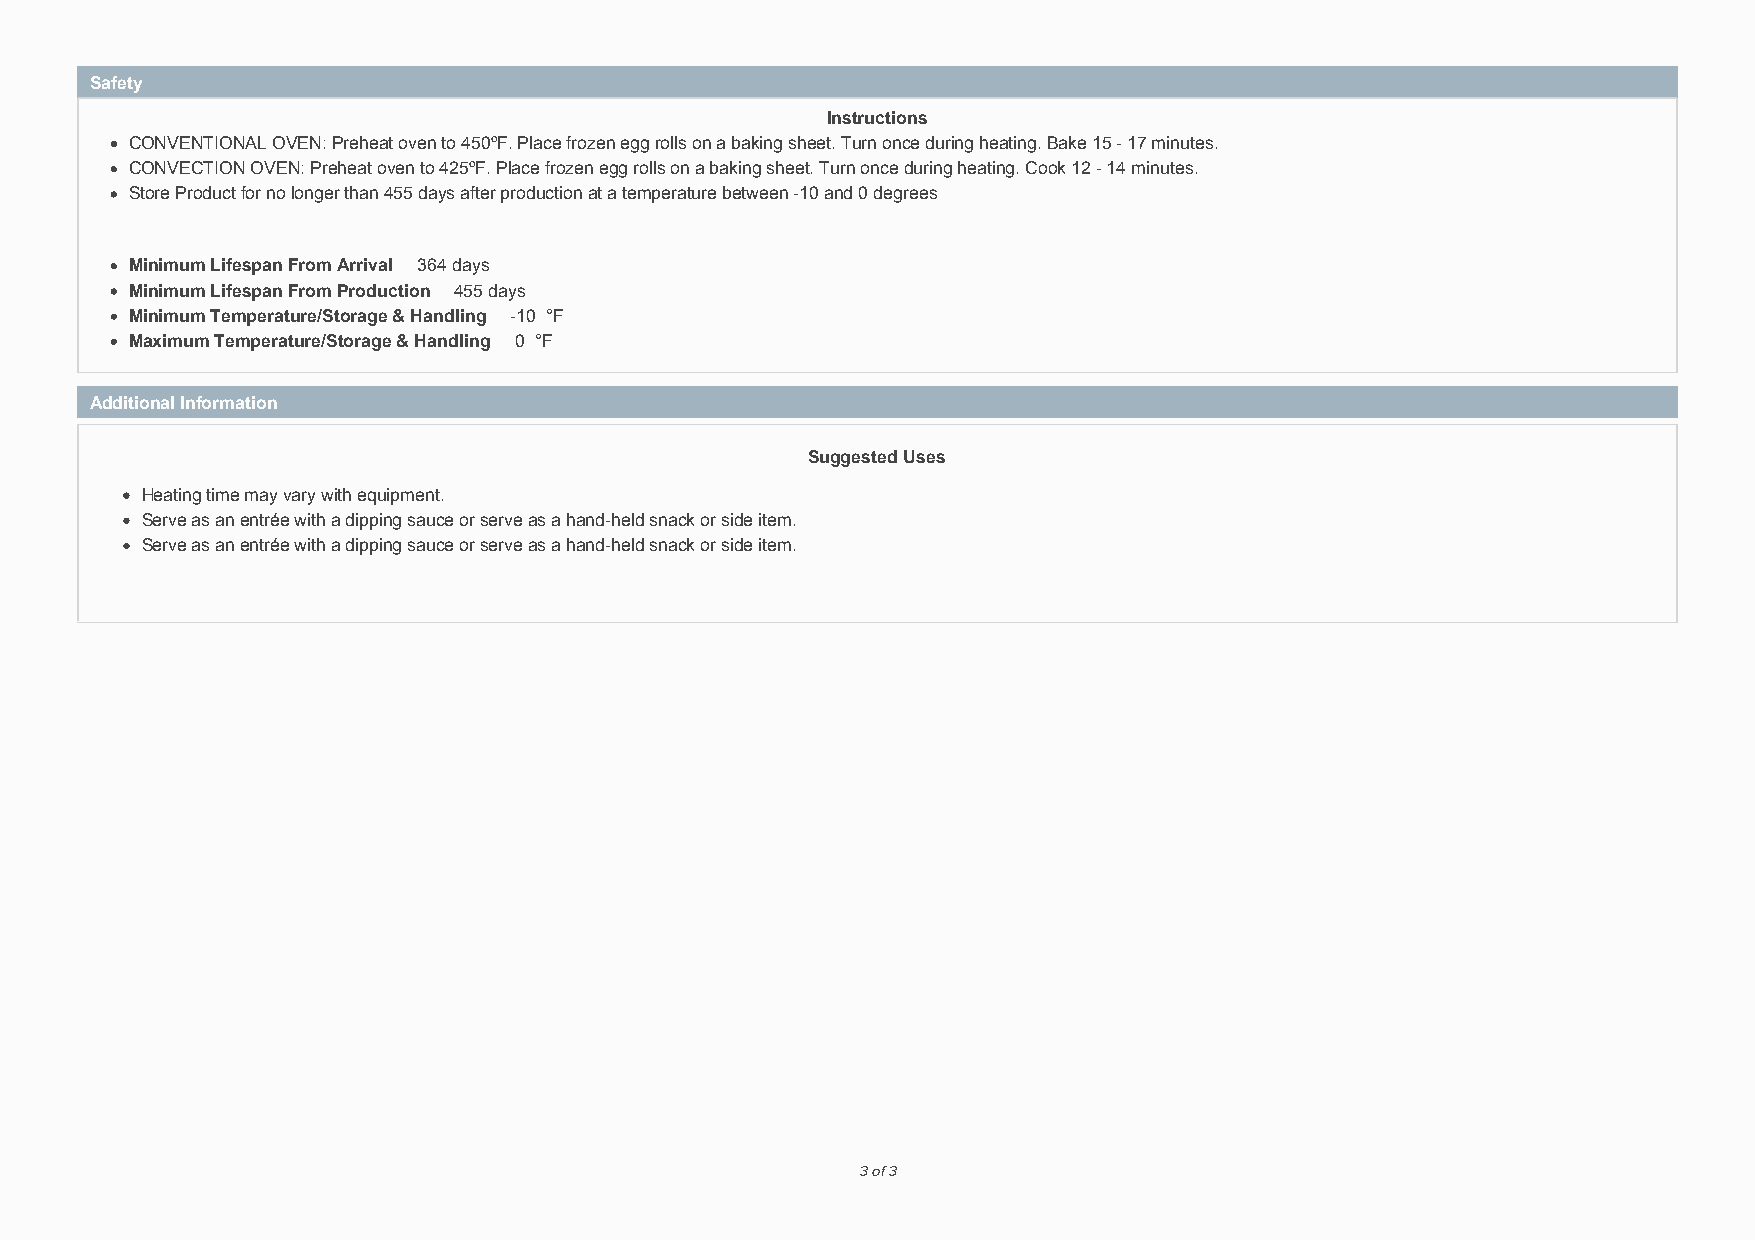
Safety
 Instructions
 CONVENTIONAL OVEN: Preheat oven to 450ºF. Place frozen egg rolls on a baking sheet. Turn once during heating. Bake 15 - 17 minutes.
 CONVECTION OVEN: Preheat oven to 425ºF. Place frozen egg rolls on a baking sheet. Turn once during heating. Cook 12 - 14 minutes.
 Store Product for no longer than 455 days after production at a temperature between -10 and 0 degrees
 Minimum Lifespan From Arrival 364 days
 Minimum Lifespan From Production 455 days
 Minimum Temperature/Storage & Handling -10 °F
 Maximum Temperature/Storage & Handling 0 °F
 Additional Information
 Suggested Uses
 Heating time may vary with equipment.
 Serve as an entrée with a dipping sauce or serve as a hand-held snack or side item.
 Serve as an entrée with a dipping sauce or serve as a hand-held snack or side item.
 3 of 3